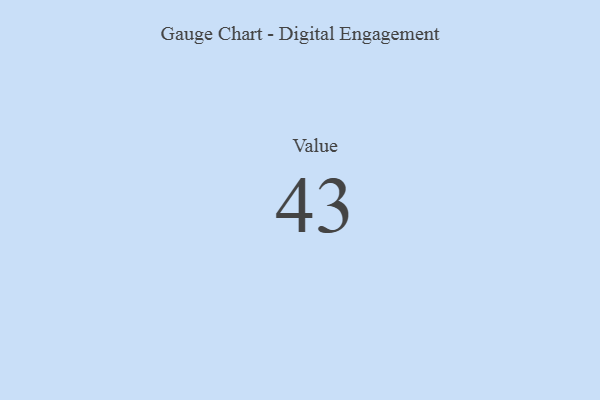
{"axis": {"x": "Metric", "y": "Value"}, "legend": [""], "data": [{"x": "Value", "y": 43, "type": ""}]}